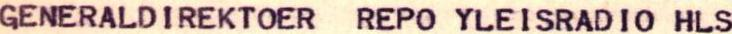
Oy Yleisradio Ab